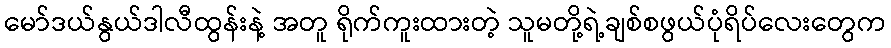
မော်ဒယ်နွယ်ဒါလီထွန်းနဲ့ အတူ ရိုက်ကူးထားတဲ့ သူမတို့ရဲ့ချစ်စဖွယ်ပုံရိပ်လေးတွေက